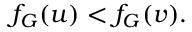
f _ { G } ( u ) < f _ { G } ( v ) .